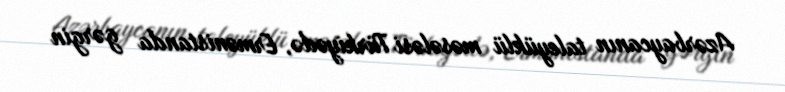
Azərbaycanın taleyüklü məsələsi Türkiyədə, Ermənistanda gərgin